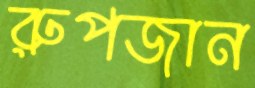
রুপজান